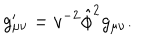
g _ { \mu \nu } ^ { \prime } = v ^ { - 2 } \hat { \phi } ^ { 2 } g _ { \mu \nu } .